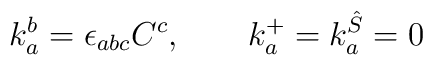
k_a^b=\epsilon_{abc}C^c, \qquad k_{a}^{+}=k_{a}^{\hat{S}}=0